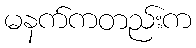
မနက်ကတည်းက